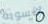
لتسوية